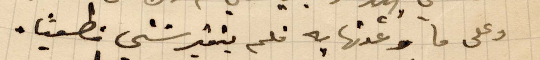
وعلى ما وعدتها به فلم يتترشني فطبيًا.